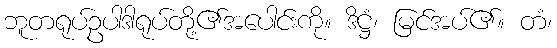
ဘူတရုပ်ဥပါဒါရုပ်တို့၏အပေါင်းကို။ ဒိဋ္ဌံ၊ မြင်အပ်၏။ တံ၊